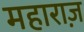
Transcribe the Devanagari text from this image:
महाराज़